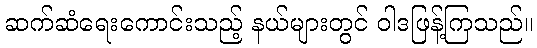
ဆက်ဆံရေးကောင်းသည့် နယ်များတွင် ဝါဒဖြန့်ကြသည်။